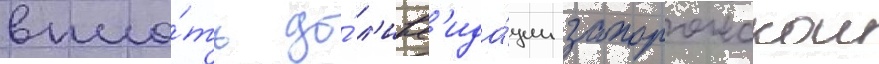
впло́ть до́ л'икв'ида́ции запорожскои